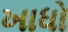
ખાધો